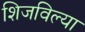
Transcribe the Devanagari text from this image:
शिजविल्या